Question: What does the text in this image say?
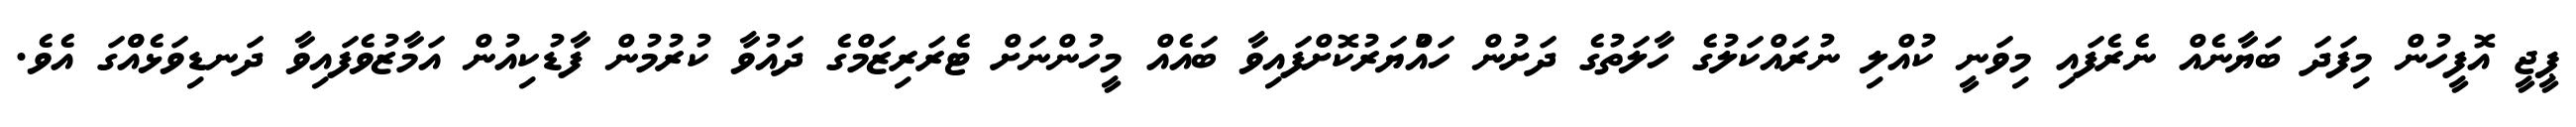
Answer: ޕީޖީ އޮފީހުން މިފަދަ ބަޔާނެއް ނެރެފައި މިވަނީ ކުއްލި ނުރައްކަލުގެ ހާލަތުގެ ދަށުން ހައްުޔަރުކޮށްފައިވާ ބައެއް މީހުންނަށް ޓެރަރިޒަމްގެ ދައުވާ ކުރުމުން ފާޑުކިއުން އަމާޒުވެފައިވާ ދަނޑިވަޅެއްްގަ އެވެ.